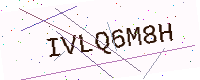
Text: IVLQ6M8H